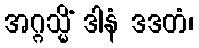
အဂ္ဂသ္မိံ ဒါနံ ဒဒတံ၊